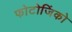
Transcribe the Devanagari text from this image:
फोटोजिंको